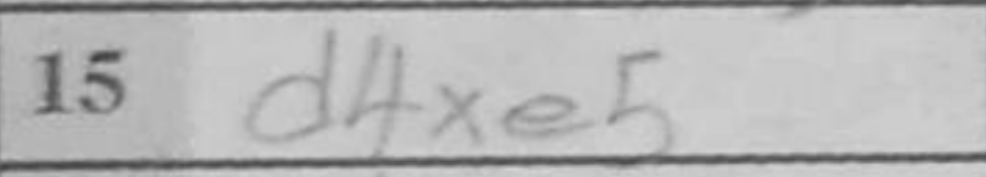
Transcription: d4xe5